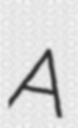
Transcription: A